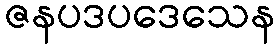
ဇနပဒပဒေသေန